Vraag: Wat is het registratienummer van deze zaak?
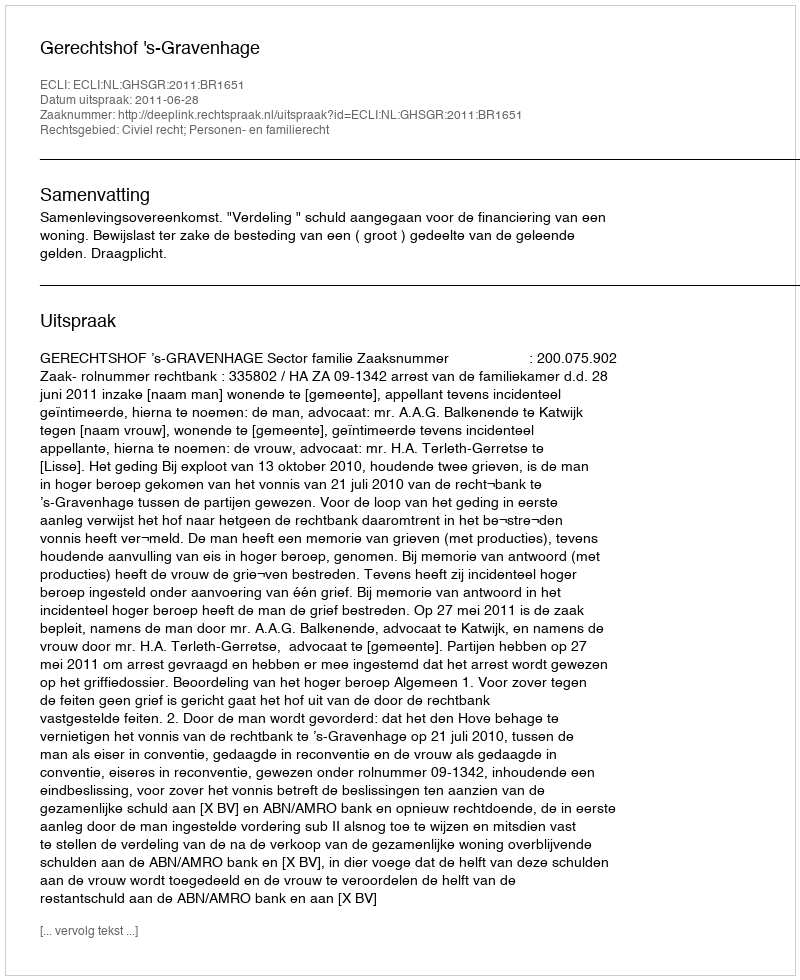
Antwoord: http://deeplink.rechtspraak.nl/uitspraak?id=ECLI:NL:GHSGR:2011:BR1651